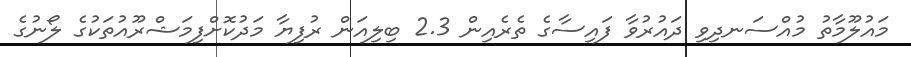
މައުލޫމާތު މުއްސަނދިވި ދައުރުވާ ފައިސާގެ ތެރެއިން 2.3 ބިލިއަން ރުފިޔާ މަދުކޮށްފިމަޝްރޫއުތަކުގެ ލޯނުގެ